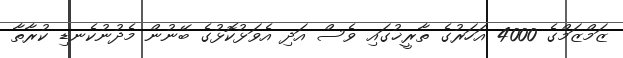
ޒަމްޒަމްގެ 4000 އަހަރުގެ ތާރީޚުގައި ވެސް އަދި އެވަޅުކޮޅުގެ ބޭނުން މެދުނުކެނޑި ކުރާތާ